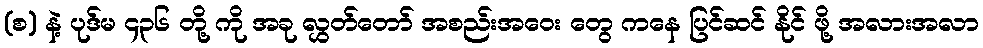
(စ) နဲ့ ပုဒ်မ ၄၃၆ တို့ ကို အခု လွှတ်တော် အစည်းအဝေး တွေ ကနေ ပြင်ဆင် နိုင် ဖို့ အလားအလာ